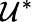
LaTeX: \mathcal{U}^{*}